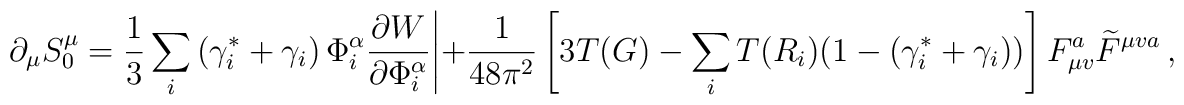
\partial_{\mu} S^{\mu}_0 = \frac{1}{3} \sum_i \left(    \gamma^{\ast}_i + \gamma_i \right) \Phi^{\alpha}_i   \frac{\partial W}{\partial \Phi^{\alpha}_i} \Bigg|   + \frac{1}{48 \pi^2} \left[ 3T (G) - \sum_i T(R_i)     (1-(\gamma^{\ast}_i + \gamma_i)) \right] F^a_{\mu v}     \widetilde{F}^{\mu va} \, ,